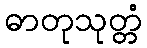
ဓာတုသုတ္တံ